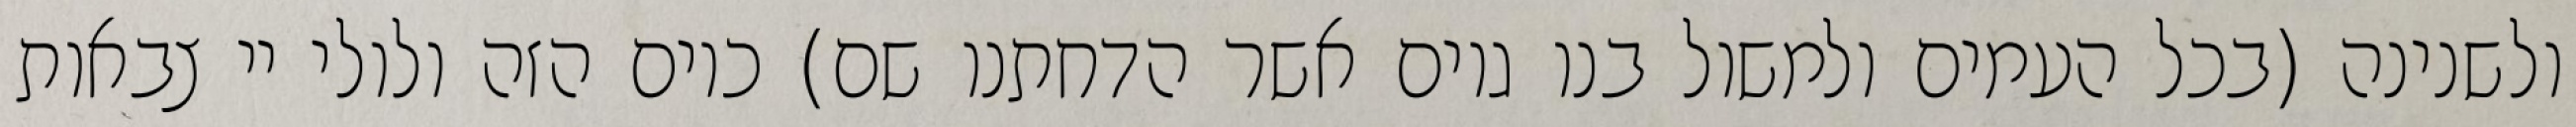
ולשנינה (בכל העמים ולמשול בנו גוים אשר הדחתנו שם) כיום הזה ולולי יי צבאות